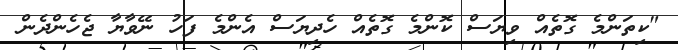
"ކިތަންމެ ގޮތެއް ވިޔަސް ކޮންމެ ގޮތެއް ހެދިޔަސް އެންމެ ފަހު ނޭވާޔާ ޖެހެންދެން